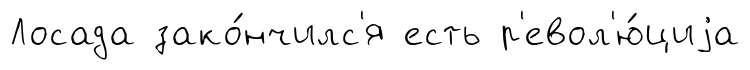
Лосада зако́нчилс'я есть р'евол'ю́циjа